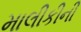
માલીકીની